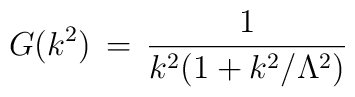
G(k^2)\,=\,\frac{1}{k^2(1+k^2/ \Lambda^2)}